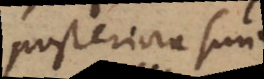
posteriora sunt.